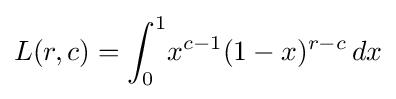
L(r,c)=\int _{0}^{1}\!x^{c-1}(1-x)^{r-c}\,dx